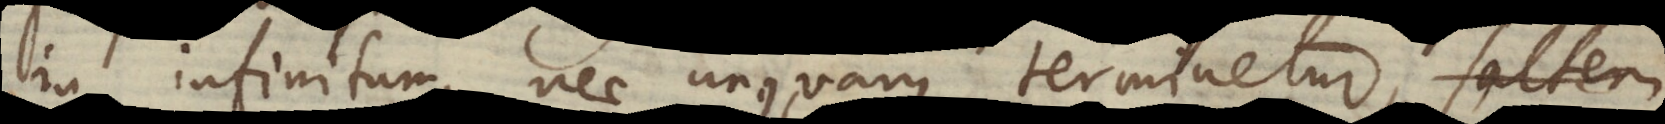
in infinitum, nec unquam terminetur, saltem